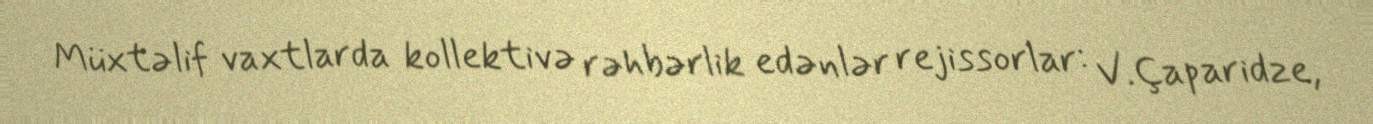
Müxtəlif vaxtlarda kollektivə rəhbərlik edənlər rejissorlar: V.Çaparidze,